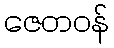
ဇေတဝန်